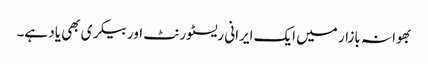
بھوانہ بازار میں ایک ایرانی ریسٹورنٹ اور بیکری بھی یاد ہے۔